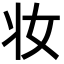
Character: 妆